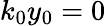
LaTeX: k_{0}y_{0}=0